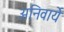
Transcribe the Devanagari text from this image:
अनिवार्ये